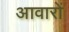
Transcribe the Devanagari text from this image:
आवारों